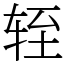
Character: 轾